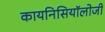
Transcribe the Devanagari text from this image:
कायनिसियॉलोजी